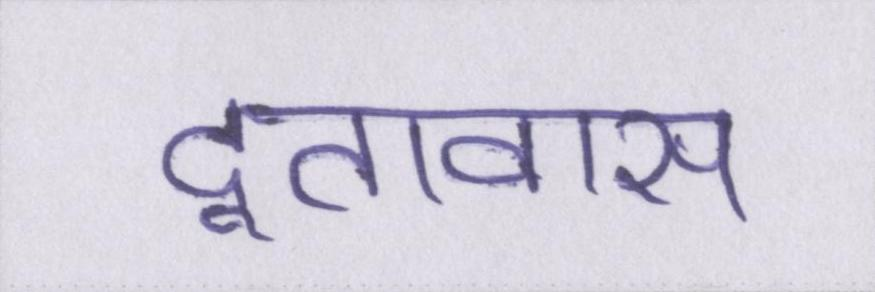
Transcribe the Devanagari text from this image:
दूतावास